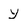
Character: Y